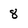
Character: 8